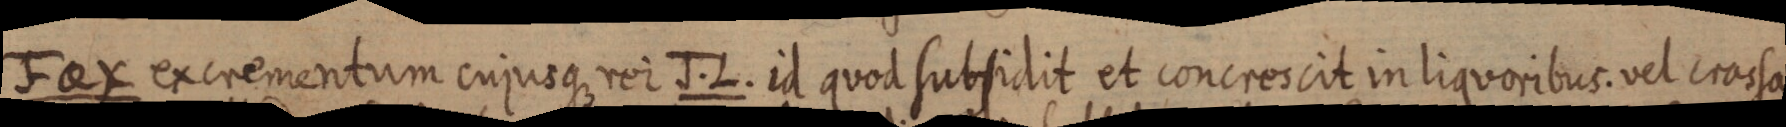
Fax excrementum cujusque rei J. L. id quod subsidit et concrescit in liquoribus. vel crassa